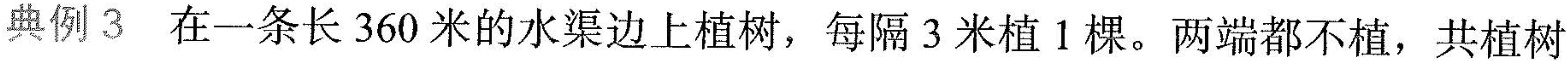
典例3 在一条长360米的水渠边上植树，每隔3米植1棵。两端都不植，共植树